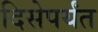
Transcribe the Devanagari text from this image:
दिसेपर्यंत